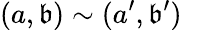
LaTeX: (a,\mathfrak{b})\sim(a^{\prime},\mathfrak{b}^{\prime})\quad